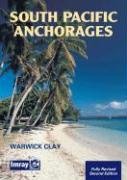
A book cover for South Pacific Anchorages 2nd ed.; Warwick Clay; Travel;